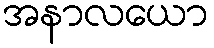
အနာလယော